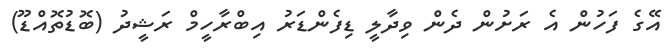
އޭގެ ފަހުން އެ ރަށުން ދެން ވިދާލީ ޑިފެންޑަރު އިބްރާހީމް ރަޝީދު (ބޮޑުތޮއްޑޫ)